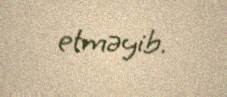
etməyib.